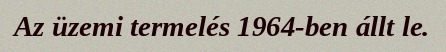
Az üzemi termelés 1964-ben állt le.